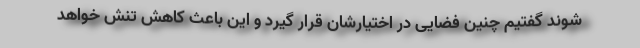
شوند گفتیم چنین فضایی در اختیارشان قرار گیرد و این باعث کاهش تنش خواهد